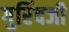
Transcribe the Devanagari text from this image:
गुरिंदजी